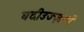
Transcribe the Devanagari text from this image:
बदीउज्ज़माँ